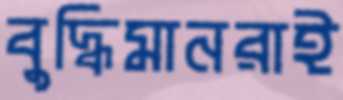
বুদ্ধিমানরাই